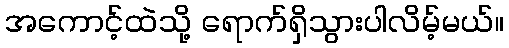
အကောင့်ထဲသို့ ရောက်ရှိသွားပါလိမ့်မယ်။